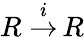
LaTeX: R\; {\stackrel{i}{\to}}\, R